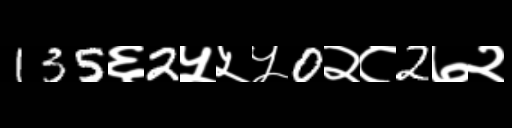
Text: 135६2५५५0२८2७२